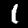
Label: 1